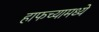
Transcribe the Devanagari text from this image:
हाफच्यामध्ये